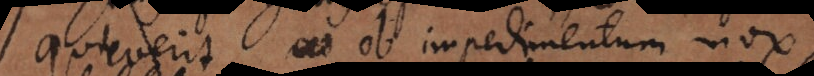
quieverit ob impedimentum, mox